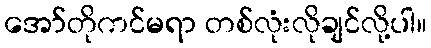
အော်တိုကင်မရာ တစ်လုံးလိုချင်လို့ပါ။